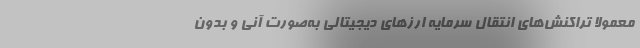
معمولاً تراکنش‌های انتقال سرمایه ارزهای دیجیتالی به‌صورت آنی و بدون